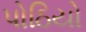
પોઠિયો